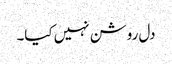
دل روشن نہیں کیا۔